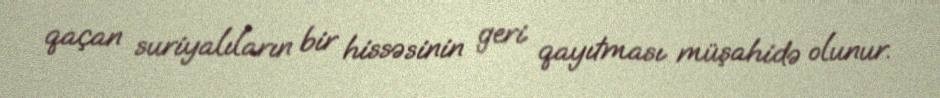
qaçan suriyalıların bir hissəsinin geri qayıtması müşahidə olunur.